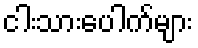
ငါးသားပေါက်များ